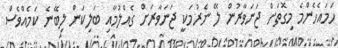
ހަމައެހެންމެ މިގޮތަށް ޖަނަވާރުން ލޭ ނެރުމަކީ ޖަނަވާރަށް ގެއްލުމާއި ބަލިކަން ލިބޭނެ ކަމެއްވެސް